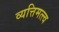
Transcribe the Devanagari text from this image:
व्यत्तिमत्त्व